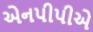
એનપીપીએ